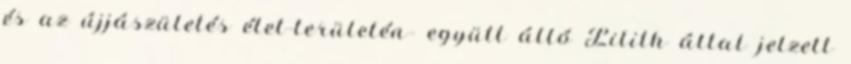
és az újjászületés élet-területén- együtt álló Lilith által jelzett